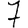
Digit: 7